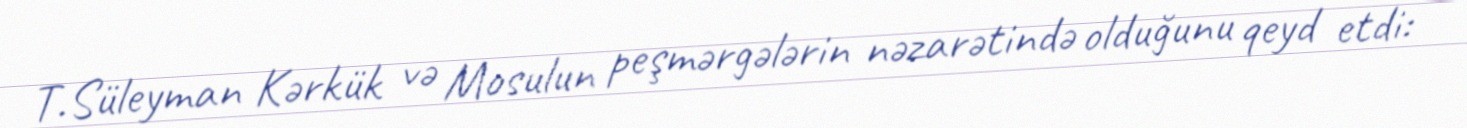
T.Süleyman Kərkük və Mosulun peşmərgələrin nəzarətində olduğunu qeyd etdi: